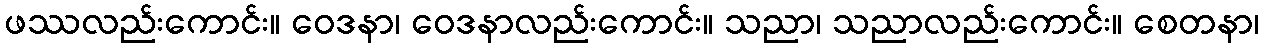
ဖဿလည်းကောင်း။ ဝေဒနာ၊ ဝေဒနာလည်းကောင်း။ သညာ၊ သညာလည်းကောင်း။ စေတနာ၊